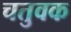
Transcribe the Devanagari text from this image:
चतुवक